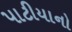
પાટીયાનો